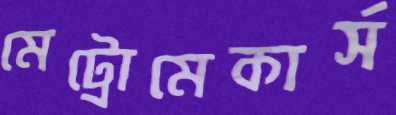
মেট্রোমেকার্স